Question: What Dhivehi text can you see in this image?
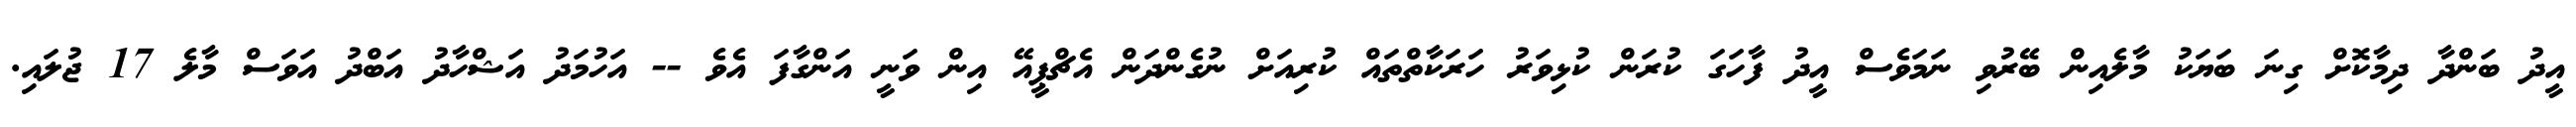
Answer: އީދު ބަންދާ ދިމާކޮށް ގިނަ ބަޔަކު މާލެއިން ބޭރުވި ނަމަވެސް އީދު ފާހަގަ ކުރަން ކުޅިވަރު ހަރަކާތްތައް ކުރިއަށް ނުގެންދަން އެޗްޕީއޭ އިން ވަނީ އަންގާފަ އެވެ -- އަހުމަދު އަޝްހާދު އަބްދު އަވަސް މާލެ 17 ޖުލައި.